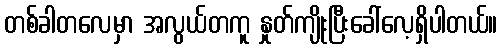
တစ်ခါတလေမှာ အလွယ်တကူ နှုတ်ကျိုးပြီးခေါ်လေ့ရှိပါတယ်။